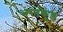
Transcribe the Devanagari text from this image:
भरतकुंड